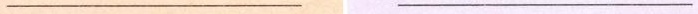
___ ___